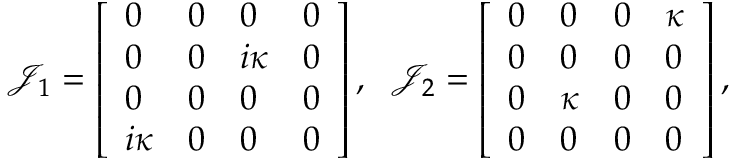
\mathcal { J } _ { 1 } = \left[ \begin{array} { l l l l } { 0 } & { 0 } & { 0 } & { 0 } \\ { 0 } & { 0 } & { i \kappa } & { 0 } \\ { 0 } & { 0 } & { 0 } & { 0 } \\ { i \kappa } & { 0 } & { 0 } & { 0 } \end{array} \right] , \; \; \mathcal { J } _ { 2 } = \left[ \begin{array} { l l l l } { 0 } & { 0 } & { 0 } & { \kappa } \\ { 0 } & { 0 } & { 0 } & { 0 } \\ { 0 } & { \kappa } & { 0 } & { 0 } \\ { 0 } & { 0 } & { 0 } & { 0 } \end{array} \right] ,